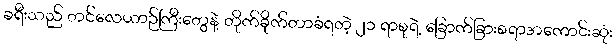
ခရီးသည် တင်လေယာဉ်ကြီးတွေနဲ့ တိုက်ခိုက်တာခံရတဲ့ ၂၁ ရာစုရဲ့ ခြောက်ခြားစရာအကောင်းဆုံး